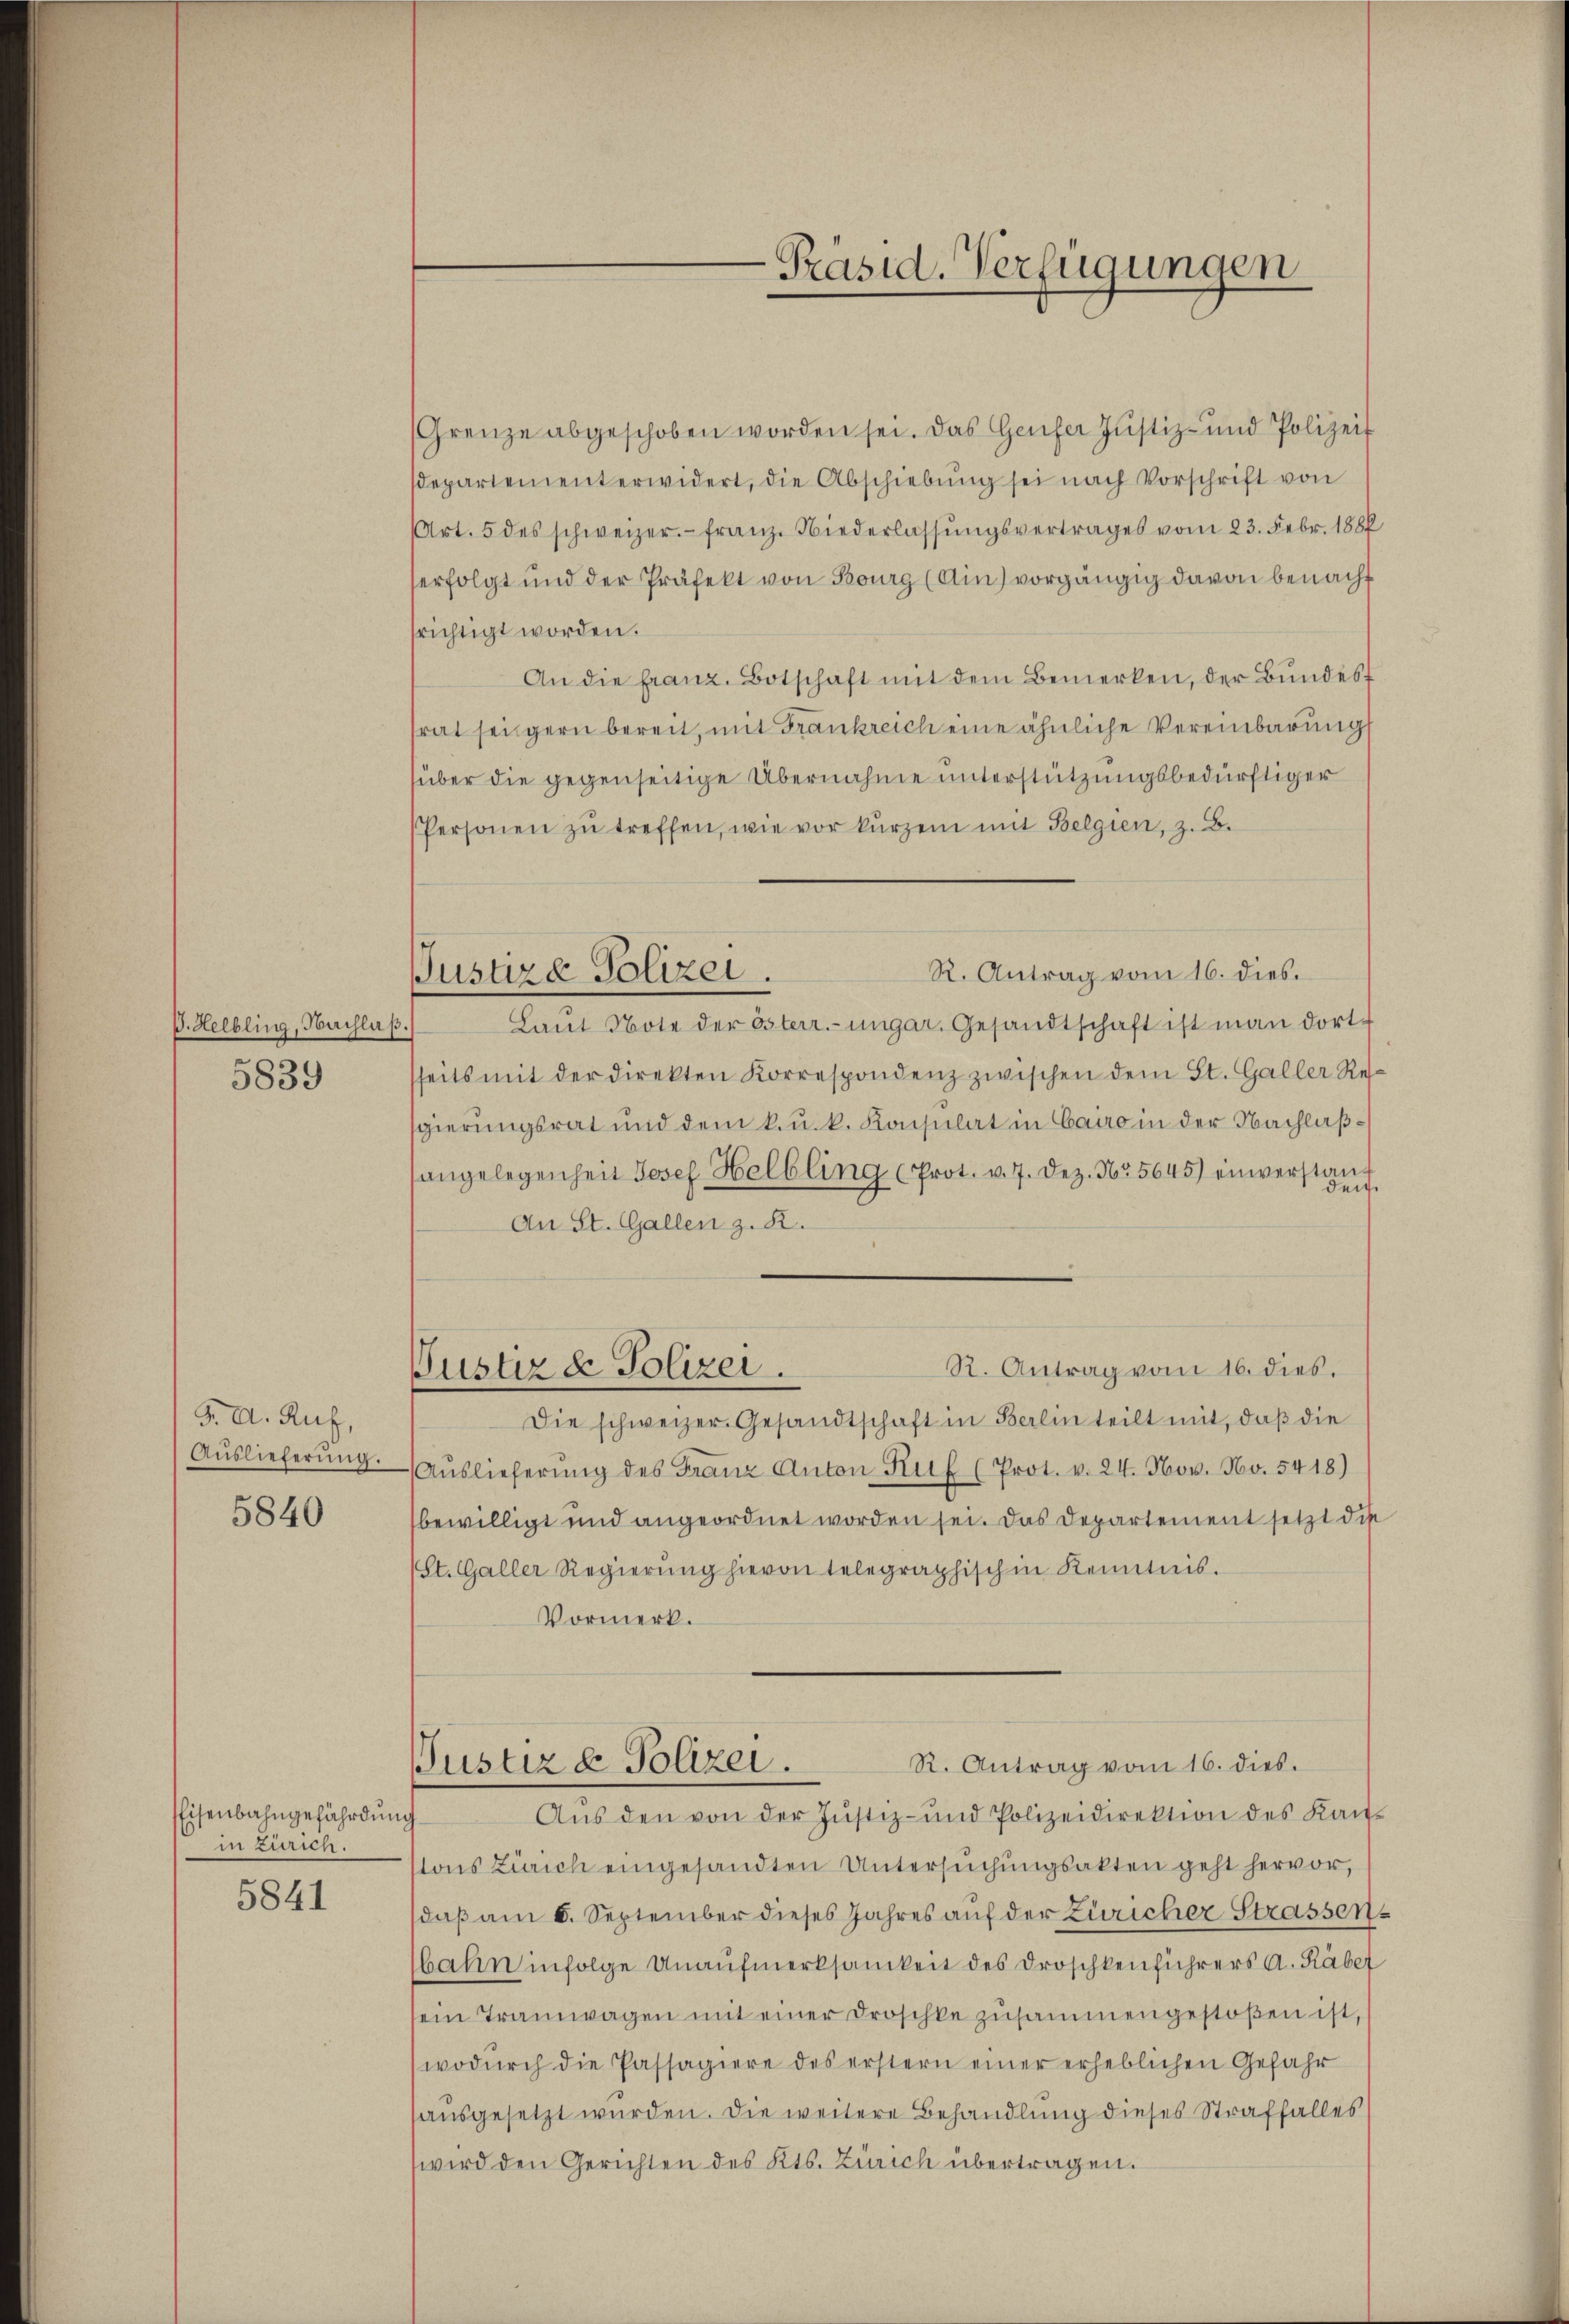
V. Helbling, Nachlaß.
5839

J. A. Ruf,
Auslieferŭng.
5840

Eisenbahngefährdung
in Zürich.

5841

Justire Polizei.

Grenze abgeschoben worden sei. Das Genfer Justiz- und Polizeit
sdepartement erwidert, die Abschiebŭng sei nach Vorschrift von
Art. 5 des schweizer.- Franz. Niederlassŭngsvertrages vom 23. Febr. 1886
erfolgt und der Präfekt von Bourg (Ain) vorgängig davon benacht
srichtigt worden.
An die franz. Botschaft mit dem Bemerken, der Bundes
trat seigern bereit, mit Frankreich eine ähnliche Vereinbarung
über die gegenseitige Übernahme unterstützungsbedürftiger
Personen zŭ treffen, wie vor kurzem mit Belgien, z. B.
R. Antrag vom 16. dies.
Laŭt Note der österr.-ungar. Gesandtschaft ist man dortseits mit der Direkten Korrespondenz zwischen dem St. Galler Resgierungsrat und dem k. u. k. Konsulat in Cairo in der Nachlaßangelegenheit Josef Helbling (Prot. v. 7. Dez. No 5645) einverstang
An St. Gallen z. R.
R. Antrag vom 16. dies.
Pustiz & Polizei.
Die schweizer. Gesandtschaft in Berlin teilt mit, daß die
Aŭslieferŭng des Franz Anton Ruf (Prot. v. 24. Nov. No. 5418)
bewilligt und angeordnet worden sei. Das Departement setzt die
St. Galler Regierŭng hievon telegraphischen Kenntnis.
Vormerk.
R. Antrag vom 16. dies.
Justiz & Polizei.
Aŭs den von der Justiz- und Polizeidirektion des Kan-
stons Zürich eingesandten Untersuchungsakten geht hervor,
daß am 6. September dieses Jahres auf der Züricher Strassen
bahn infolge Unaufmerksamkeit des Droschkenführers A. Räber
sein Tramwagen mit einer Droschke zusammengestoßen ist
wodŭrch die Passagiere des erstern einer erheblichen Gefahr
ausgesetzt wurden. Die weitere Behandlung dieses Straffalles
wird den Gerichten des Kts. Zürich übertragen.

-Präsid. Verfügungen